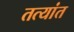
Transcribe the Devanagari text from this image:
तत्यांत